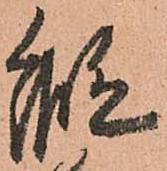
縦